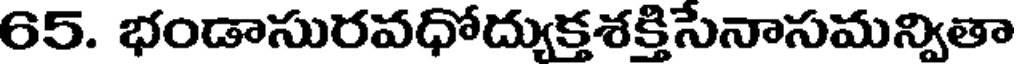
65. భండాసురవధోద్యుక్తశక్తిసేనాసమన్వితా